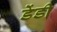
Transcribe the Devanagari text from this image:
डेंडी